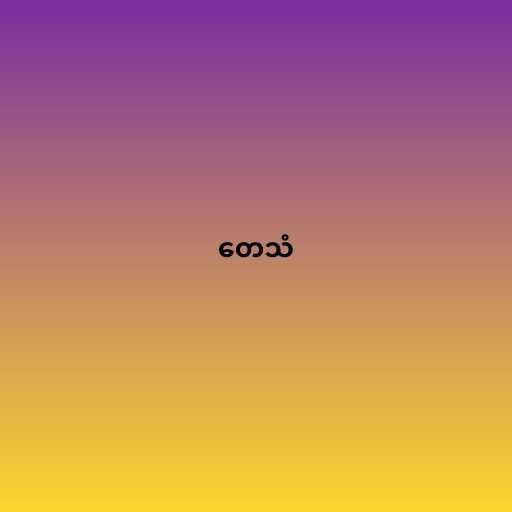
တေသံ